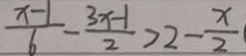
\frac { x - 1 } { 6 } - \frac { 3 x - 1 } { 2 } > 2 - \frac { x } { 2 }